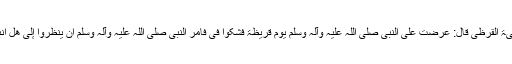
عَنْ عَطِیَّۃَ الْقُرَظِیِّ قَالَ: عُرِضْتُ عَلٰی النَّبِیِّ ‌صلی ‌اللہ ‌علیہ ‌وآلہ ‌وسلم یَوْمَ قُرَیْظَۃَ فَشَکُّوْا فِیَّ فَأَمَرَ النَّبِیُّ ‌صلی ‌اللہ ‌علیہ ‌وآلہ ‌وسلم اَنْ یَنْظُرُوْا إِلَیَّ ھَلْ أَنْبَتُّ بَعْدُ؟